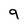
Character: 9